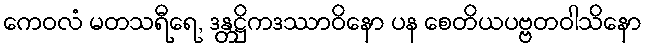
ကေဝလံ မတသရီရေ, ဒန္တဋ္ဌိကဒဿာဝိနော ပန စေတိယပဗ္ဗတဝါသိနော